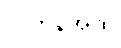
လကုန်အထိ